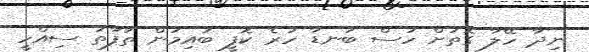
ނިދާ ހޭލާ ގޮތަށް ހުސް ބަނޑާ ހުރެ ކޮފީ ބުއިމުން ތަފާތު ސިއްހީ